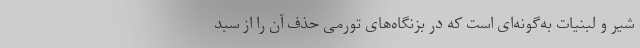
شیر و لبنیات به‌گونه‌ای است که در بزنگاه‌های تورمی حذف آن را از سبد